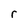
Character: r